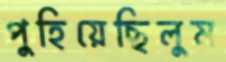
পুহিয়েছিলুম